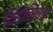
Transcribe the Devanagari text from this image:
थिडोसियस